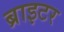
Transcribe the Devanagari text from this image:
ब्राइटर